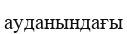
ауданындағы